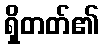
ရှိတတ်၏